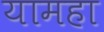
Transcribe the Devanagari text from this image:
यामहा